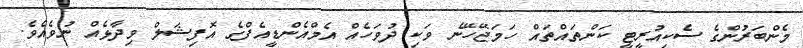
މެންބަރުންގެ ސެކިއުރީޓީ ކަންތައްތައް ހަމަޖޭހޭނެ ވަކި ދުވަހެއް އެމްއެންޑީއެފްގެ އޮފިޝަލް ވިދާޅެއް ނުވެއެވެ.